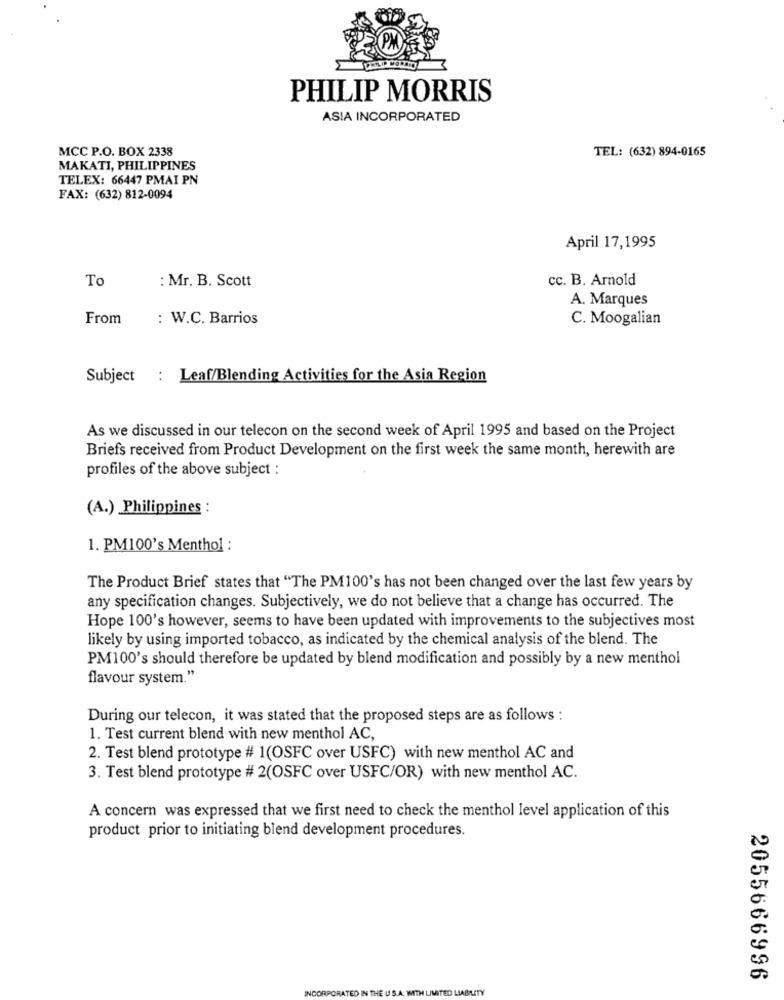
PHILIP MORRIS
ASIA INCORPORATED
MCC P.O. BOX 2338
TEL: (632) 894-0165
MAKATI, PHILIPPINES
TELEX: 66447 PMAI PN
FAX: (632) 812-0094
April 17,1995
To
: Mr. B. Scott
cc. B. Arnold
A. Marques
From
: W.C. Barrios
C. Moogalian
Subject : Leaf/Blending Activities for the Asia Region
As we discussed in our telecon on the second week of April 1995 and based on the Project
Briefs received from Product Development on the first week the same month, herewith are
profiles of the above subject :
(A.) Philippines :
1. PM100's Menthol :
The Product Brief states that "The PM100's has not been changed over the last few years by
any specification changes. Subjectively, we do not believe that a change has occurred. The
Hope 100's however, seems to have been updated with improvements to the subjectives most
likely by using imported tobacco, as indicated by the chemical analysis of the blend. The
PM100's should therefore be updated by blend modification and possibly by a new menthol
flavour system."
During our telecon, it was stated that the proposed steps are as follows :
1. Test current blend with new menthol AC,
2. Test blend prototype # 1(OSFC over USFC) with new menthol AC and
3. Test blend prototype # 2(OSFC over USFC/OR) with new menthol AC.
A concern was expressed that we first need to check the menthol level application of this
product prior to initiating blend development procedures.
2055666996
INCORPORATED IN THE U S.A. WITH LIMITED LIABILITY